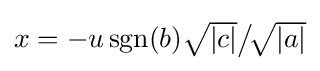
\textstyle x=-u\operatorname {sgn} (b){\sqrt {\vert c\vert }}{\big /}\!{\sqrt {\vert a\vert }}